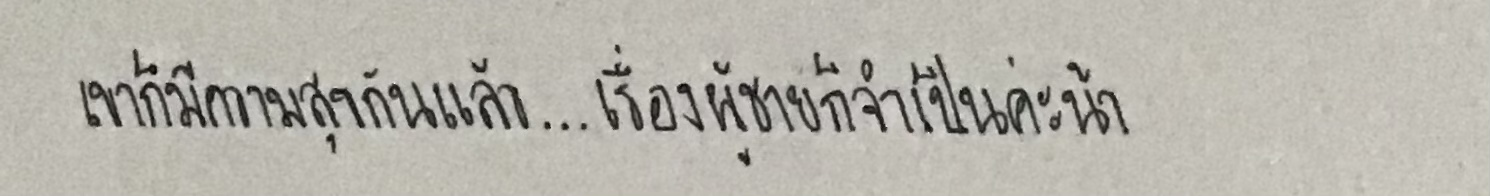
เขาก็มีความสุขกันแล้ว...เรื่องผู้ชายก็จำเป็นค่ะน้า